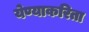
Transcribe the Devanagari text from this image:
येण्याकरिता